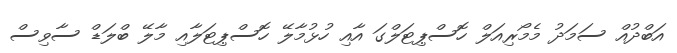
އަބްދުއް ސަމަދު މެމޯރިއަލް ހޮސްޕިޓަލްގަ އާއި ހުޅުމާލޭ ހޮސްޕިޓަލާއި މާލޭ ބްލަޑް ސާވިސް